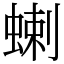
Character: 蝲